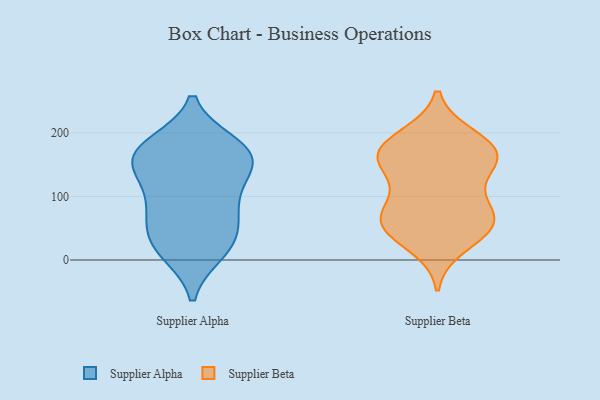
{"axis": {"x": "Budget (USD K)", "y": "Value"}, "legend": ["Supplier Alpha", "Supplier Beta"], "data": [{"x": "", "y": 174, "type": "Supplier Alpha"}, {"x": "", "y": 176, "type": "Supplier Alpha"}, {"x": "", "y": 29, "type": "Supplier Alpha"}, {"x": "", "y": 72, "type": "Supplier Alpha"}, {"x": "", "y": 164, "type": "Supplier Alpha"}, {"x": "", "y": 39, "type": "Supplier Alpha"}, {"x": "", "y": 181, "type": "Supplier Alpha"}, {"x": "", "y": 17, "type": "Supplier Alpha"}, {"x": "", "y": 156, "type": "Supplier Alpha"}, {"x": "", "y": 91, "type": "Supplier Alpha"}, {"x": "", "y": 152, "type": "Supplier Alpha"}, {"x": "", "y": 75, "type": "Supplier Alpha"}, {"x": "", "y": 13, "type": "Supplier Alpha"}, {"x": "", "y": 116, "type": "Supplier Alpha"}, {"x": "", "y": 145, "type": "Supplier Alpha"}, {"x": "", "y": 62, "type": "Supplier Beta"}, {"x": "", "y": 22, "type": "Supplier Beta"}, {"x": "", "y": 194, "type": "Supplier Beta"}, {"x": "", "y": 110, "type": "Supplier Beta"}, {"x": "", "y": 159, "type": "Supplier Beta"}, {"x": "", "y": 195, "type": "Supplier Beta"}, {"x": "", "y": 165, "type": "Supplier Beta"}, {"x": "", "y": 99, "type": "Supplier Beta"}, {"x": "", "y": 55, "type": "Supplier Beta"}, {"x": "", "y": 45, "type": "Supplier Beta"}, {"x": "", "y": 157, "type": "Supplier Beta"}, {"x": "", "y": 170, "type": "Supplier Beta"}, {"x": "", "y": 155, "type": "Supplier Beta"}, {"x": "", "y": 163, "type": "Supplier Beta"}, {"x": "", "y": 56, "type": "Supplier Beta"}, {"x": "", "y": 64, "type": "Supplier Beta"}, {"x": "", "y": 69, "type": "Supplier Beta"}]}